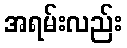
အရမ်းလည်း